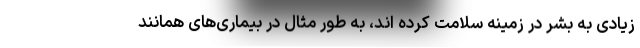
زیادی به بشر در زمینه سلامت کرده اند، به طور مثال در بیماری‌های همانند